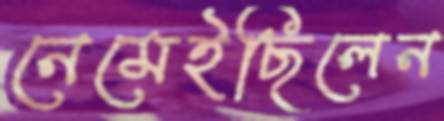
নেমেইছিলেন